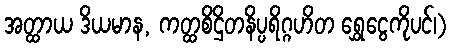
အတ္ထာယ ဒိယမာန, ကတ္ထစိဌိတနိပ္ပရိဂ္ဂဟိတ ရွှေငွေကိုပင်၊)